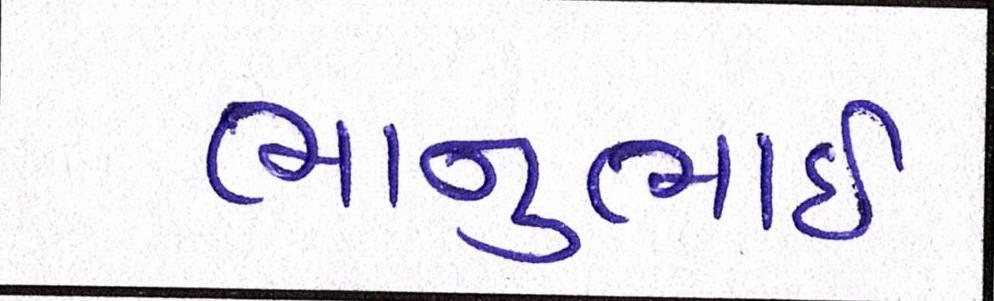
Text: ભાનુભાઈ